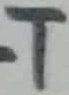
Text: T